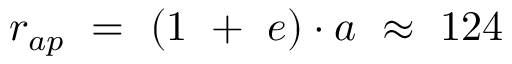
\begin{array} { l } { r _ { a p } \ = \ ( 1 \ + \ e ) \cdot a \ \approx \ 1 2 4 } \end{array}